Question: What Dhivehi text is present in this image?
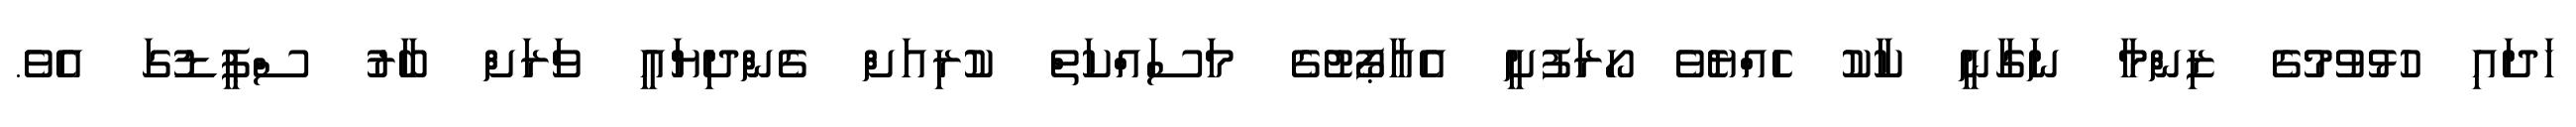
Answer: ހަދައި ހުޅުވުމުގެ ޒިންމާ ނަގާނީ ކާކު ހެއްޔެވެ ހޯރަފުށީ އެއާޕޯޓުގެ މަސައްކަތް ކުރިއަށް ގެންދިޔައީ ވަރަށް ބާރު ސްޕީޑުގަ އެވެ.